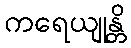
ကရေယျုန္တိ